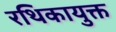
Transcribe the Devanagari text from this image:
रथिकायुक्त